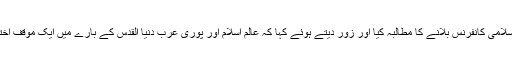
شیخ الازھر نے نصرت القدس کے لیے عالم اسلامی کانفرنس بلانے کا مطالبہ کیا اور زور دیتے ہوئے کہا کہ عالم اسلام اور پوری عرب دنیا القدس کے بارے میں ایک موقف اختیار کرتے ہوئے امریکی فیصلہ مسترد کردیں